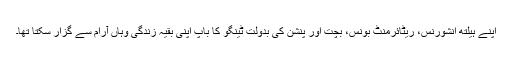
اپنے ہیلتھ انشورنس، ریٹائرمنٹ بونس، بچت اور پنشن کی بدولت ٹینگو کا باپ اپنی بقیہ زندگی وہاں آرام سے گزار سکتا تھا۔